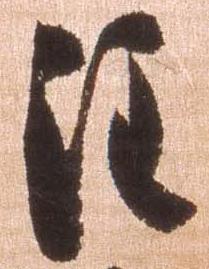
注